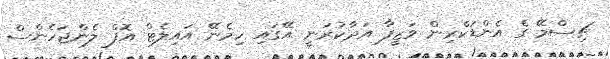
ޗިސްމޭ ގެ އެންޑަކްރިން ވަޒީފާ އަދާކުރަނީ އޭގައި ހިމެނޭ އައިލެޓް އޮފް ލެންޖަހެންސް